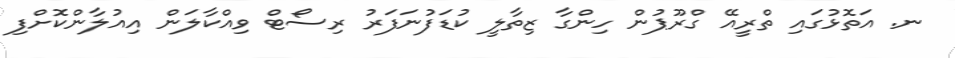
ނ. އަތޮޅުގައި ތްރީއޭ ގްރޫޕުން ހިންގާ ޒިތާލީ ކުޑަފުނަފަރު ރިސޯޓް ވިއްކާލަން އިއުލާންކޮށްފި